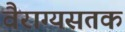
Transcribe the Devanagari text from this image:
वैराग्यसतक